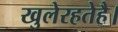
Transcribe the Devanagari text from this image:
खुलेरहतेहै।